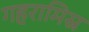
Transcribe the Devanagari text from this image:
गहरामिस्र